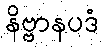
နိဗ္ဗာနပဒံ